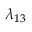
\lambda _ { 1 3 }